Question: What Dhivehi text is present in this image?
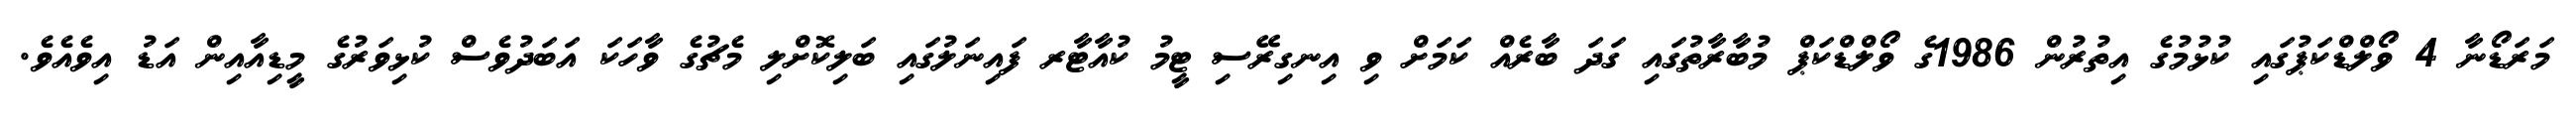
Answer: މަރަޑޯނާ 4 ވޯލްޑްކަޕުގައި ކުޅުމުގެ އިތުރުން 1986ގެ ވޯލްޑްކަޕް މުބާރާތުގައި ގަދަ ބާރެއް ކަމަށް ވި އިނގިރޭސި ޓީމު ކުއާޓާރ ފައިނަލުގައި ބަލިކޮށްލި މެޗުގެ ވާހަކަ އަބަދުވެސް ކުޅިވަރުގެ މީޑިއާއިން އަޑު އިވެއެވެ.